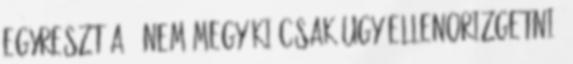
egyreszt a . nem megy ki csak ugy ellenorizgetni.